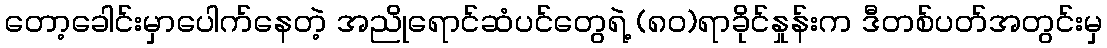
တော့ခေါင်းမှာပေါက်နေတဲ့ အညိုရောင်ဆံပင်တွေရဲ့ (၈၀)ရာခိုင်နှုန်းက ဒီတစ်ပတ်အတွင်းမှ